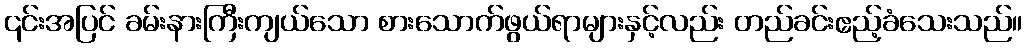
၎င်းအပြင် ခမ်းနားကြီးကျယ်သော စားသောက်ဖွယ်ရာများနှင့်လည်း တည်ခင်းဧည့်ခံသေးသည်။